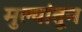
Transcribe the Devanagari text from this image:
मुल्यांतून